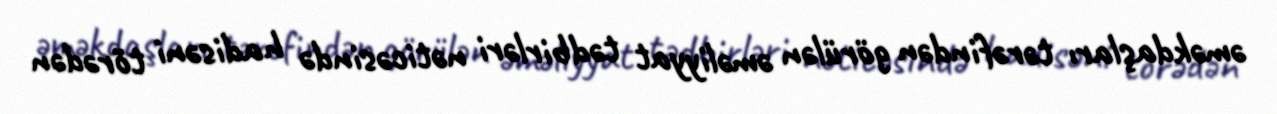
əməkdaşları tərəfindən görülən əməliyyat tədbirləri nəticəsində hadisəni törədən